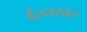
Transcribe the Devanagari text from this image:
ईस्तखर